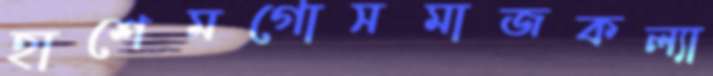
হাশেমগোসমাজকল্যা